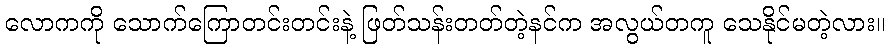
လောကကို သောက်ကြောတင်းတင်းနဲ့ ဖြတ်သန်းတတ်တဲ့နင်က အလွယ်တကူ သေနိုင်မတဲ့လား။